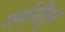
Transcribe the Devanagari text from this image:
जर्मनीतुन